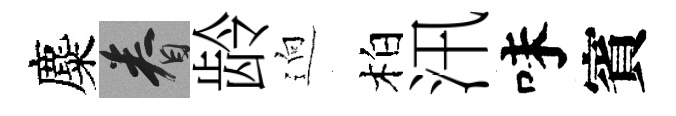
麋眷龄逈柏汛味賓